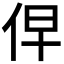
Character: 𰁹